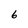
Character: 6